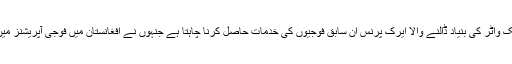
بدنام زمانہ بلیک واٹر کی بنیاد ڈالنے والا ایرک پرنس ان سابق فوجیوں کی خدمات حاصل کرنا چاہتا ہے جنہوں نے افغانستان میں فوجی آپریشنز میں حصہ لیا تھا۔